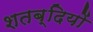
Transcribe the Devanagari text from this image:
शतब्दियों